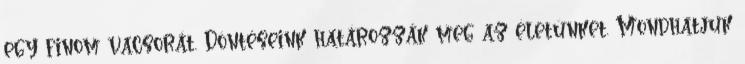
egy finom vacsorát. Döntéseink határozzák meg az életünket. Mondhatjuk